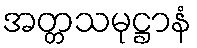
အတ္တသမုဋ္ဌာနံ